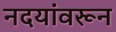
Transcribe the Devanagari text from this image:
नदयांवरून